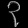
Digit: ၃